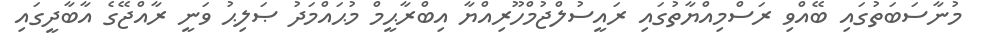
މުނާސަބަތުގައި ބޭއްވި ރަސްމިއްޔާތުގައި ރައީސުލްޖުމްހޫރިއްޔާ އިބްރާޙީމް މުޙައްމަދު ޞަލިޙު ވަނީ ރާއްޖޭގެ އާބާދީގައި